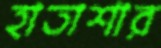
হাতাশার